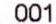
001